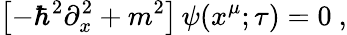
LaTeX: \left[-\hbar^{2}\partial_{x}^{2}+m^{2}\right]\, \psi(x^{\mu};\tau)=0\ ,